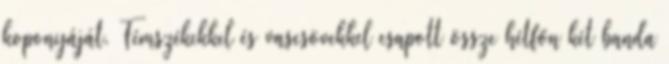
koponyáját. Fémszékekkel és vascsövekkel csapott össze hétfőn két banda